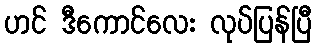
ဟင် ဒီကောင်လေး လုပ်ပြန်ပြီ